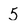
Character: 5